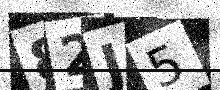
Text: 82J5